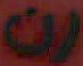
رن